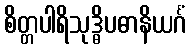
စိတ္တပါရိသုဒ္ဓိပဓာနိယင်္ဂံ